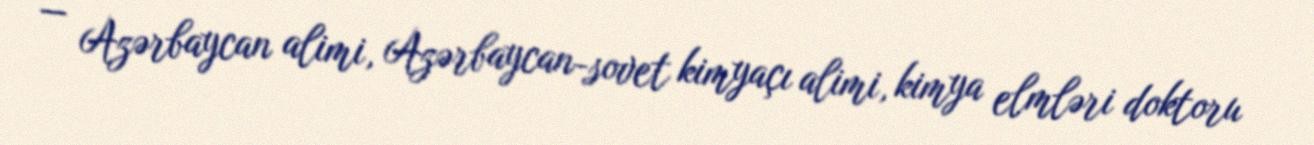
— Azərbaycan alimi, Azərbaycan-sovet kimyaçı alimi, kimya elmləri doktoru